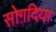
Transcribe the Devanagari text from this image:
सोग़दिया